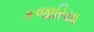
કજારિયા